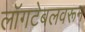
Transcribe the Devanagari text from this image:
लॉगटेबलवरून